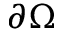
\partial \Omega